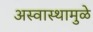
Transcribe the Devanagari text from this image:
अस्वास्थामुळे